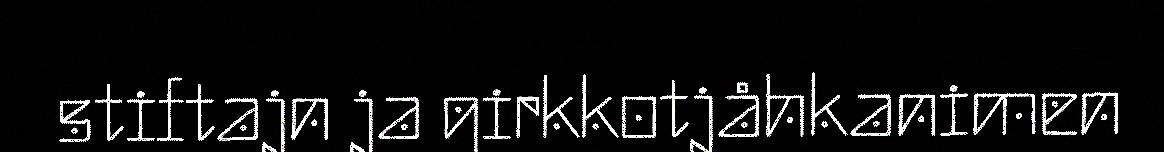
stiftajn ja girkkotjåhkanimen